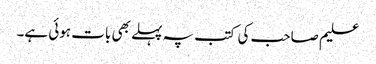
علیم صاحب کی کتب پہ پہلے بھی بات ہوئی ہے۔